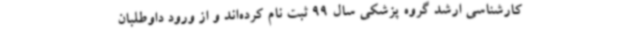
کارشناسی ارشد گروه پزشکی سال 99 ثبت نام کرده‌اند و از ورود داوطلبان